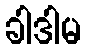
ခါဒါမ